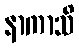
နာကာသိ